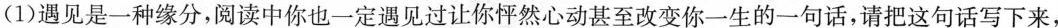
(1)遇见是一种缘分，阅读中你也一定遇见过让你怦然心动甚至改变你一生的一句话，请把这句话写下来，